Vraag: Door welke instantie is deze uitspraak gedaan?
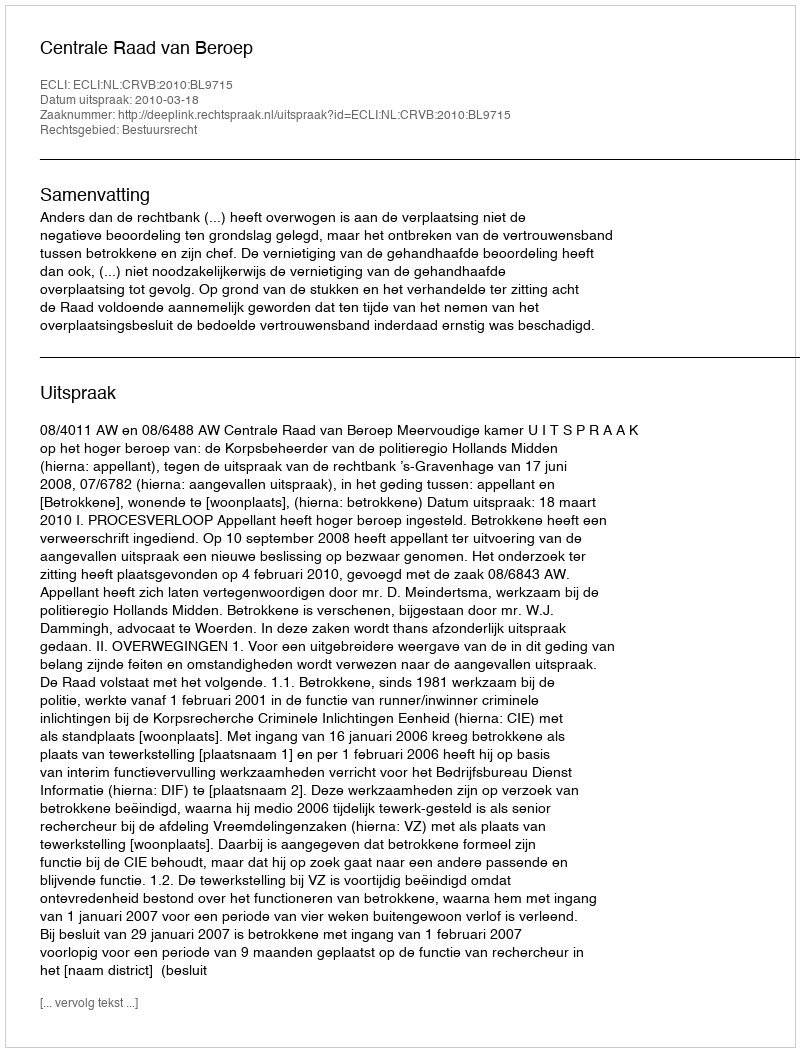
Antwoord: Centrale Raad van Beroep